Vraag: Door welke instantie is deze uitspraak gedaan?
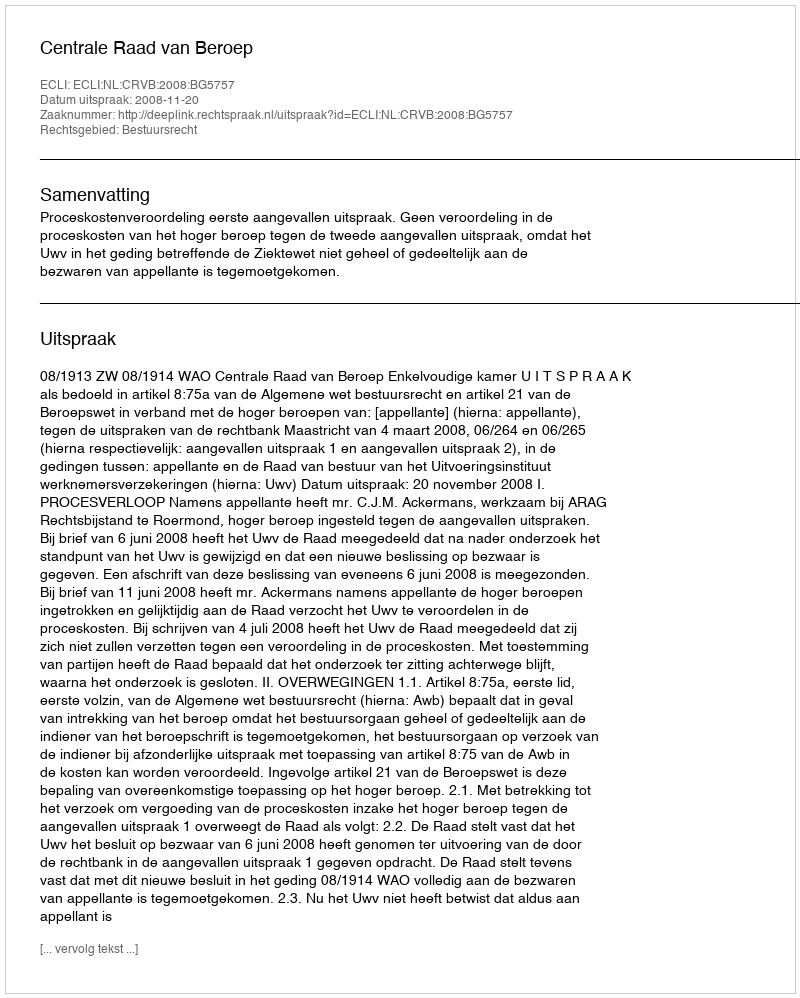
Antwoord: Centrale Raad van Beroep